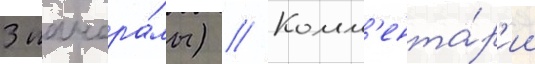
3 панора́мы) // Комм'ента́р'ии